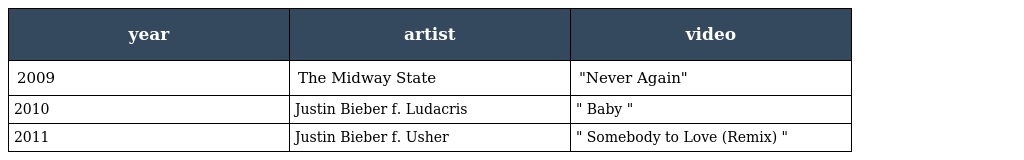
| year | artist | video |
 | --- | --- | --- |
 | 2009 | The Midway State | "Never Again" |
 | 2010 | Justin Bieber f. Ludacris | " Baby " |
 | 2011 | Justin Bieber f. Usher | " Somebody to Love (Remix) " |